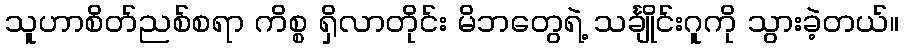
သူဟာစိတ်ညစ်စရာ ကိစ္စ ရှိလာတိုင်း မိဘတွေရဲ့ သင်္ချိုင်းဂူကို သွားခဲ့တယ်။